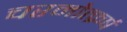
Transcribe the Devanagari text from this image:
चरमोत्क्रर्ष